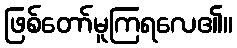
ဖြစ်တော်မူကြရလေ၏။